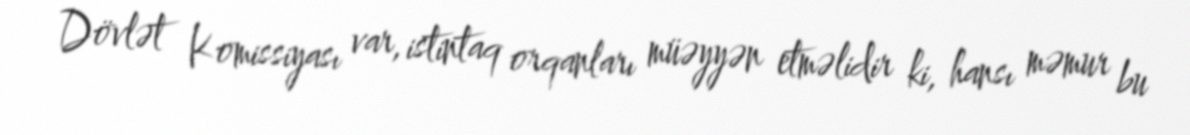
Dövlət Komissiyası var, istintaq orqanları müəyyən etməlidir ki, hansı məmur bu